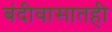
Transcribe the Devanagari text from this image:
बंदीवासातही